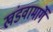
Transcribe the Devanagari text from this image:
खंडवामार्गे